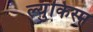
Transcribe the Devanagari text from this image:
ल्युकिस्म